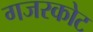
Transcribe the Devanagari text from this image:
गजरकोट